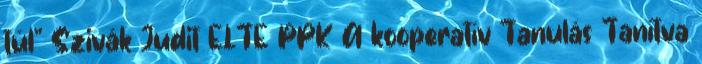
túl” Szivák Judit ELTE PPK A kooperatív Tanulás Tanítva